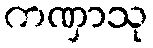
ကဏှာသု